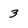
Character: 3